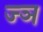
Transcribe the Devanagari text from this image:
ज्‍ञ